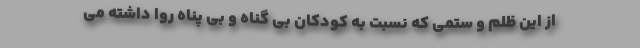
از این ظلم و ستمی که نسبت به کودکان بی گناه و بی پناه روا داشته می